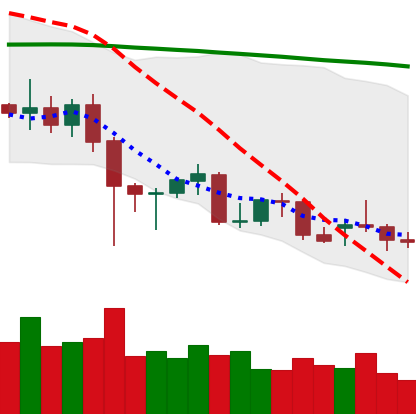
Ticker: XMR-USD
Chart end date: 2021-12-18
Forward return: 15.79%
Label: up_7plus